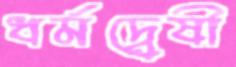
ধর্মদ্বেষী